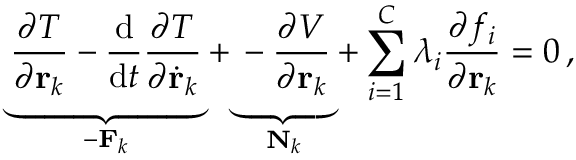
\underbrace { { \frac { \partial T } { \partial \mathbf { r } _ { k } } } - { \frac { \mathrm { d } } { \mathrm { d } t } } { \frac { \partial T } { \partial { \dot { \mathbf { r } } } _ { k } } } } _ { - \mathbf { F } _ { k } } + \underbrace { - { \frac { \partial V } { \partial \mathbf { r } _ { k } } } } _ { \mathbf { N } _ { k } } + \sum _ { i = 1 } ^ { C } \lambda _ { i } { \frac { \partial f _ { i } } { \partial \mathbf { r } _ { k } } } = 0 \, ,